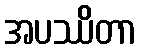
အပဿိတာ